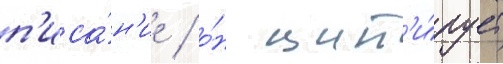
п'иса́н'ие / о́н цит'и́рует